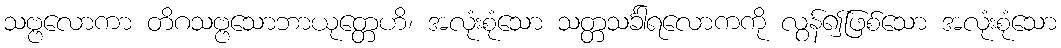
သဗ္ဗလောကာ တိဂသဗ္ဗသောဘာယုတ္တေဟိ၊ အလုံးစုံသော သတ္တသင်္ခါရလောကကို လွန်၍ဖြစ်သော အလုံးစုံသော